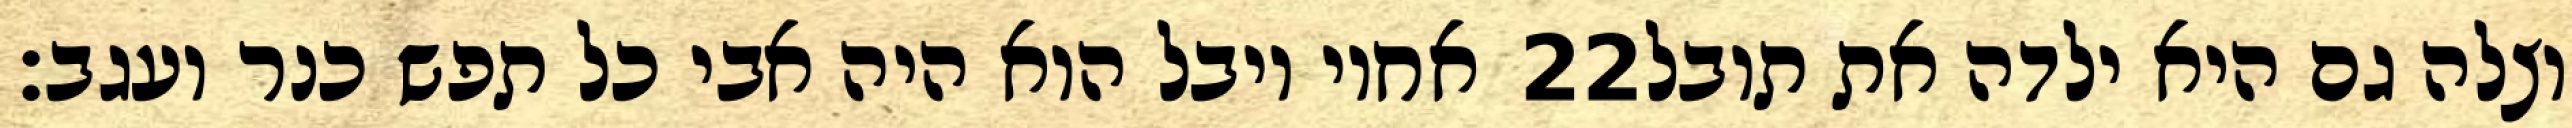
אחיו יובל הוא היה אבי כל תפש כנר ועגב׃ ‎22‏ וצלה גם היא ילדה את תובל